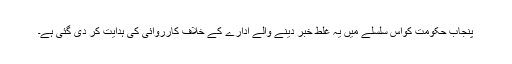
پنجاب حکومت کواس سلسلے میں یہ غلط خبر دینے والے ادارے کے خلاف کارروائی کی ہدایت کر دی گئی ہے۔